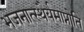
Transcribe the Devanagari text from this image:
भजनात्स्थैर्यमाप्नोति